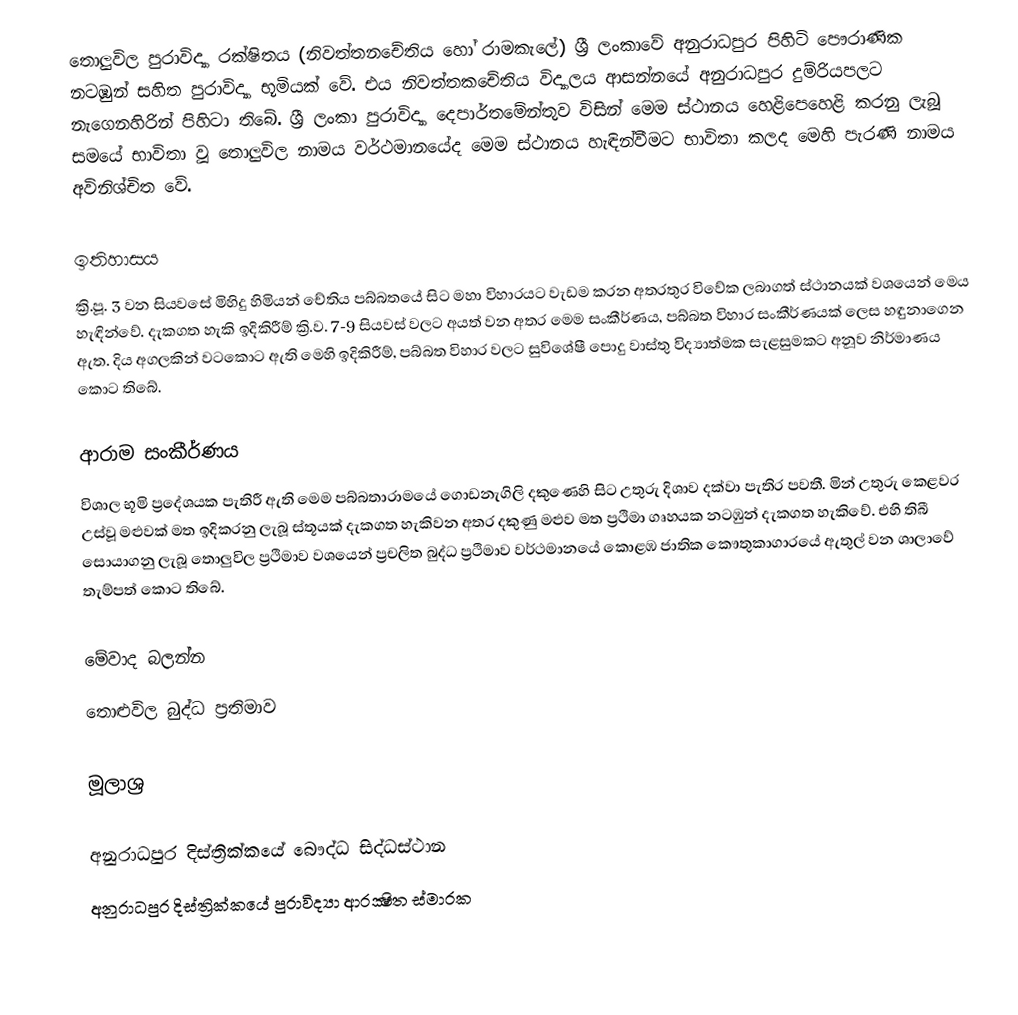
තොලුවිල පුරාවිද්‍යා රක්ෂිතය (නිවත්තනචේතිය හෝ රාමකැලේ) ශ්‍රී ලංකාවේ අනුරාධපුර පිහිටි පෞරාණික නටඹුන් සහිත පුරාවිද්‍යා භූමියක් වේ. එය නිවත්තකචේතිය විද්‍යාලය ආසන්නයේ අනුරාධපුර දුම්රියපලට නැගෙනහිරින් පිහිටා තිබේ. ශ්‍රී ලංකා පුරාවිද්‍යා දෙපාර්තමේන්තුව විසින් මෙම ස්ථානය හෙළිපෙහෙළි කරනු ලැබූ සමයේ භාවිතා වූ තොලුවිල නාමය වර්ථමානයේද මෙම ස්ථානය හැඳින්වීමට භාවිතා කලද මෙහි පැරණි නාමය අවිනිශ්චිත වේ.

ඉතිහාසය
ක්‍රි.පූ. 3 වන සියවසේ මිහිදු හිමියන් චේතිය පබ්බතයේ සිට මහා විහාරයට වැඩම කරන අතරතුර විවේක ලබාගත් ස්ථානයක් වශයෙන් මෙය හැඳින්වේ. දැකගත හැකි ඉදිකිරීම් ක්‍රි.ව. 7-9 සියවස් වලට අයත් වන අතර මෙම සංකීර්ණය, පබ්බත විහාර සංකීර්ණයක් ලෙස හඳුනාගෙන ඇත. දිය අගලකින් වටකොට ඇති මෙහි ඉදිකිරීම්, පබ්බත විහාර වලට සුවිශේෂී පොදු වාස්තු විද්‍යාත්මක සැළසුමකට අනූව නිර්මාණය කොට තිබේ.

ආරාම සංකීර්ණය
විශාල භූමි ප්‍රදේශයක පැතිරී ඇති මෙම පබ්බතාරාමයේ ගොඩනැගිලි දකුණෙහි සිට උතුරු දිශාව දක්වා පැතිර පවතී. මින් උතුරු කෙළවර උස්වූ මළුවක් මත ඉදිකරනු ලැබූ ස්තූයක් දැකගත හැකිවන අතර දකුණු මළුව මත ප්‍රථිමා ගෘහයක නටඹුන් දැකගත හැකිවේ. එහි තිබී සොයාගනු ලැබූ තොලුවිල ප්‍රථිමාව වශයෙන් ප්‍රචලිත බුද්ධ ප්‍රථිමාව වර්ථමානයේ කොළඹ ජාතික කෞතුකාගාරයේ ඇතුල් වන ශාලාවේ තැම්පත් කොට තිබේ.

මේවාද බලන්න
තොළුවිල බුද්ධ ප්‍රතිමාව

මූලාශ්‍ර

අනුරාධපුර දිස්ත්‍රික්කයේ බෞද්ධ සිද්ධස්ථාන‎
අනුරාධපුර දිස්ත්‍රික්කයේ පුරාවිද්‍යා ආරක්‍ෂිත ස්මාරක